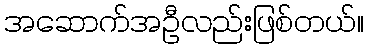
အဆောက်အဦလည်းဖြစ်တယ်။